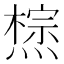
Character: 𤏇